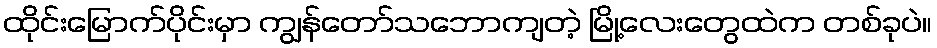
ထိုင်းမြောက်ပိုင်းမှာ ကျွန်တော်သဘောကျတဲ့ မြို့လေးတွေထဲက တစ်ခုပဲ။